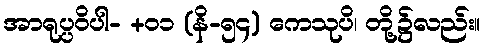
အာရုပ္ပဝိပါ- +၀၁ (နိ-၅၄) ကေသုပိ၊ တို့၌လည်း။